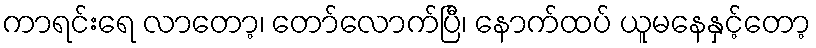
ကာရင်းရေ လာတော့၊ တော်လောက်ပြီ၊ နောက်ထပ် ယူမနေနှင့်တော့